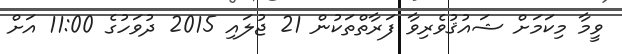
ވީމާ މިކަމަށް ޝައުޤުވެރިވާ ފަރާތްތަކުން 21 ޖުލައި 2015 ދުވަހުގެ 11:00 އަށް